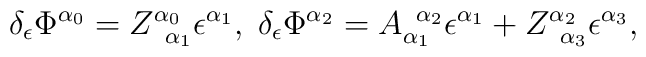
\delta _\epsilon \Phi ^{\alpha _0}=Z_{\;\;\alpha _1}^{\alpha_0}\epsilon ^{\alpha _1},\;\delta _\epsilon \Phi ^{\alpha _2}=A_{\alpha_1}^{\;\;\alpha _2}\epsilon ^{\alpha _1}+Z_{\;\;\alpha _3}^{\alpha_2}\epsilon ^{\alpha _3},